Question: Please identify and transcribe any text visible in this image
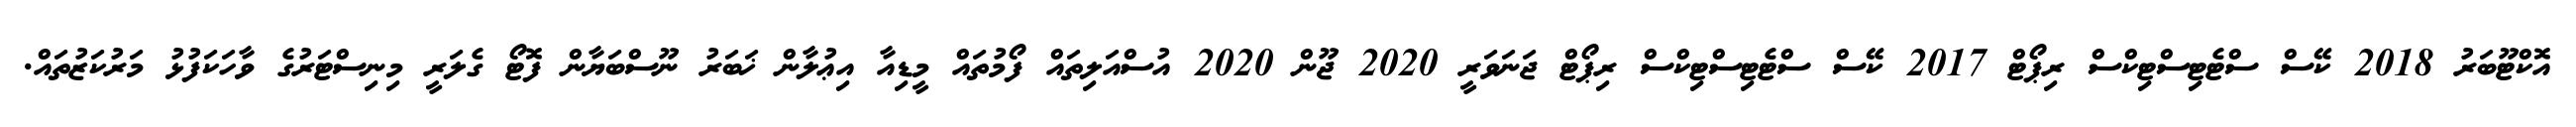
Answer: އޮކްޓޫބަރު 2018 ކޭސް ސްޓެޓިސްޓިކްސް ރިޕޯޓް 2017 ކޭސް ސްޓެޓިސްޓިކްސް ރިޕޯޓް ޖަނަވަރީ 2020 ޖޫން 2020 އުސްއަލިތައް ފޯމުތައް މީޑިއާ އިޢުލާން ޚަބަރު ނޫސްބަޔާން ފޮޓޯ ގެލަރީ މިނިސްޓަރުގެ ވާހަކަފުޅު މަރުކަޒުތައް.